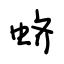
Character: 蛴